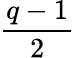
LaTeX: \frac{q-1}{2}